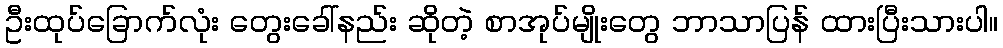
ဦးထုပ်ခြောက်လုံး တွေးခေါ်နည်း ဆိုတဲ့ စာအုပ်မျိုးတွေ ဘာသာပြန် ထားပြီးသားပါ။